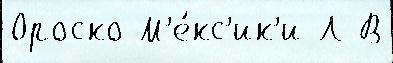
Ороско М'е́кс'ик'и Л В